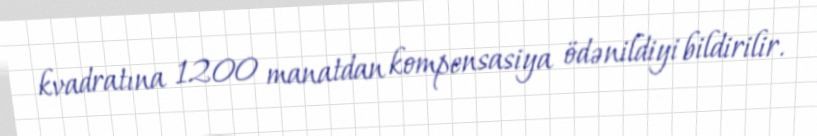
kvadratına 1200 manatdan kompensasiya ödənildiyi bildirilir.